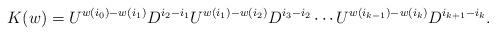
LaTeX: \begin{align*} K(w) = U^{w(i_0) - w(i_1)} D^{i_2 - i_1} U^{w(i_1) - w(i_2)} D^{i_3 - i_2} \cdots U^{w(i_{k-1}) - w(i_k)} D^{i_{k+1} - i_k}.\end{align*}